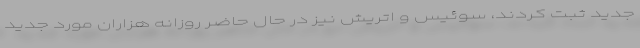
جدید ثبت کردند، سوئیس و اتریش نیز در حال حاضر روزانه هزاران مورد جدید